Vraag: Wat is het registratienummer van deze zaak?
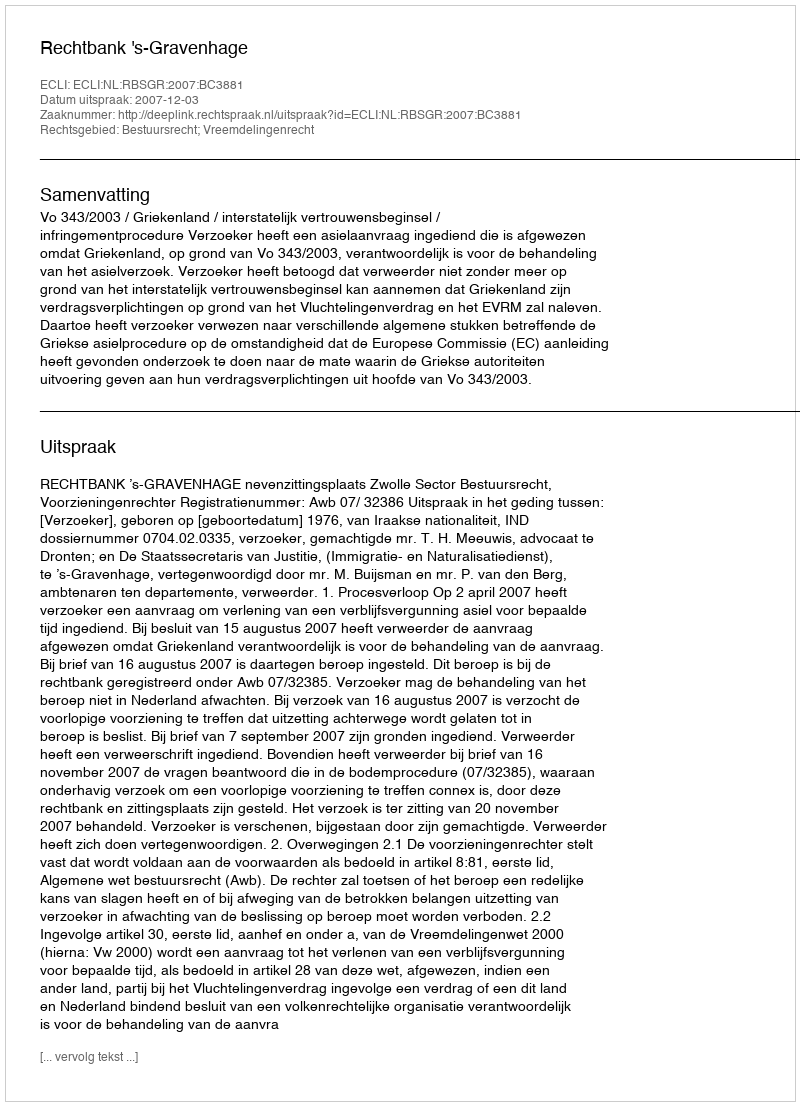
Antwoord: http://deeplink.rechtspraak.nl/uitspraak?id=ECLI:NL:RBSGR:2007:BC3881